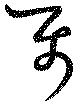
属